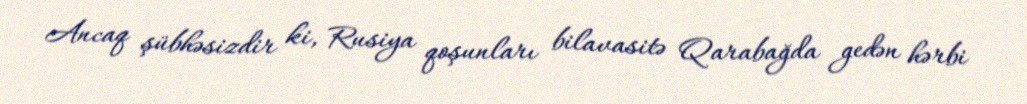
Ancaq şübhəsizdir ki, Rusiya qoşunları bilavasitə Qarabağda gedən hərbi